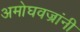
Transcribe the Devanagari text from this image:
अमोघवज्रांनी